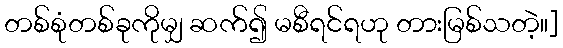
တစ်စုံတစ်ခုကိုမျှ ဆက်၍ မစီရင်ရဟု တားမြစ်သတဲ့။]